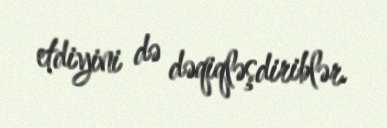
etdiyini də dəqiqləşdiriblər.